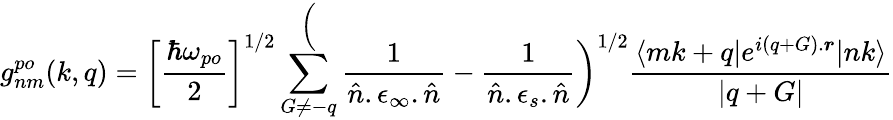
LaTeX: g_{nm}^{po}(k,q)=\bigg[\frac{\hbar\omega_{po}}{2}\bigg]^{1/2}\sum_{G\neq-q}^\bigg(\frac{1}{\hat{n}.\epsilon_{\infty}.\hat{n}}-\frac{1}{\hat{n}.\epsilon_{s}.\hat{n}}\bigg)^{1/2}\frac{\langle mk+q|e^{i(q+G).\boldsymbol{r}}|nk\rangle}{|q+G|}